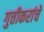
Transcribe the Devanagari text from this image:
गुत्तीकरांचे